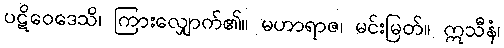
ပဋိဝေဒေသိ၊ ကြားလျှောက်၏။ မဟာရာဇ၊ မင်းမြတ်။ ဣသီနံ၊